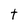
Character: t